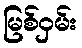
မြစ်ဝှမ်း